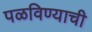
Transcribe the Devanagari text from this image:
पळविण्याची